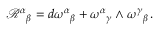
\mathcal { R } ^ { \alpha } { } _ { \beta } = d \omega ^ { \alpha } { } _ { \beta } + \omega ^ { \alpha } { } _ { \gamma } \wedge \omega ^ { \gamma } { } _ { \beta } \, .